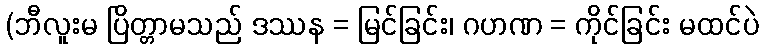
(ဘီလူးမ ပြိတ္တာမသည် ဒဿန = မြင်ခြင်း၊ ဂဟဏ = ကိုင်ခြင်း မထင်ပဲ